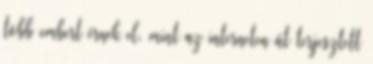
több embert érnek el, mint az interneten át terjesztett